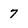
Character: 7